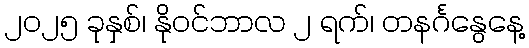
၂၀၂၅ ခုနှစ်၊ နိုဝင်ဘာလ ၂ ရက်၊ တနင်္ဂနွေနေ့